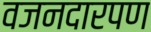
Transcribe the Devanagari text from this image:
वजनदारपण